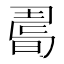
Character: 𢐉